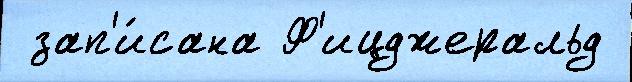
 зап'и́сана Ф'ицджеральд